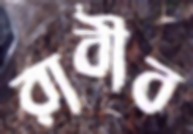
রাবীব